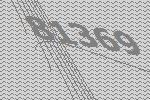
81369